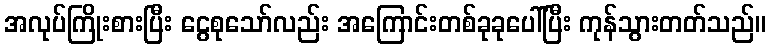
အလုပ်ကြိုးစားပြီး ငွေစုသော်လည်း အကြောင်းတစ်ခုခုပေါ်ပြီး ကုန်သွားတတ်သည်။